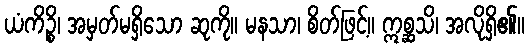
ယံကိဉ္စိ၊ အမှတ်မရှိသော ဆုကို။ မနသာ၊ စိတ်ဖြင့်။ ဣစ္ဆသိ၊ အလိုရှိ၏။